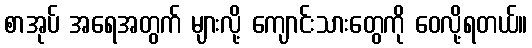
စာအုပ် အရေအတွက် များလို့ ကျောင်းသားတွေကို ဝေလို့ရတယ်။